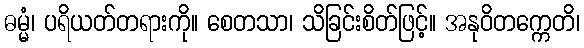
ဓမ္မံ၊ ပရိယတ်တရားကို။ စေတသာ၊ သိခြင်းစိတ်ဖြင့်။ အနုဝိတက္ကေတိ၊